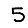
Digit: 5